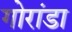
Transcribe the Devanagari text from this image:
गोरांडा